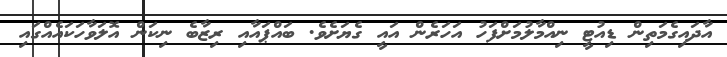
އާދައިގެމަތިން ޑިއުޓީ ނިއްމާލުމަށްފަހު އަހަރެން އައީ ގެޔަށެވެ. ބައްޕައާއި ރިޒާބެ ނިކަން އޮލަވާހަކައެއްގައި